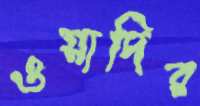
ওয়াদির